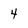
Character: 4